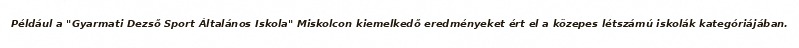
Például a "Gyarmati Dezső Sport Általános Iskola" Miskolcon kiemelkedő eredményeket ért el a közepes létszámú iskolák kategóriájában.